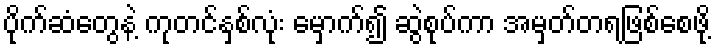
ပိုက်ဆံတွေနဲ့ ကုတင်နှစ်လုံး မှောက်၍ ဆွဲစုပ်ကာ အမှတ်တရဖြစ်စေဖို့